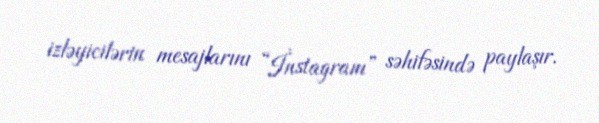
izləyicilərin mesajlarını “İnstagram” səhifəsində paylaşır.